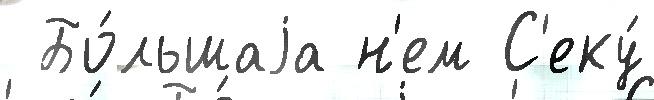
 Бо́льшаjа н'ем С'еку́